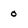
Character: o